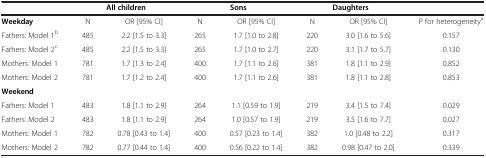
<table><thead><tr><td><b> </b></td><td colspan="2"><b>All children</b></td><td colspan="2"><b>Sons</b></td><td colspan="2"><b>Daughters</b></td><td><b> </b></td></tr></thead><tbody><tr><td><b>Weekday</b></td><td>N</td><td>OR [95% CI]</td><td>N</td><td>OR [95% CI]</td><td>N</td><td>OR [95% CI]</td><td>P for heterogeneity<sup>a</sup></td></tr><tr><td>Fathers: Model 1<sup>b</sup></td><td>485</td><td>2.2 [1.5 to 3.3]</td><td>265</td><td>1.7 [1.0 to 2.8]</td><td>220</td><td>3.0 [1.6 to 5.6]</td><td>0.157</td></tr><tr><td>Fathers: Model 2<sup>c</sup></td><td>485</td><td>2.2 [1.5 to 3.3]</td><td>265</td><td>1.7 [1.0 to 2.7]</td><td>220</td><td>3.1 [1.7 to 5.7]</td><td>0.130</td></tr><tr><td>Mothers: Model 1</td><td>781</td><td>1.7 [1.3 to 2.4]</td><td>400</td><td>1.7 [1.1 to 2.6]</td><td>381</td><td>1.8 [1.1 to 2.9]</td><td>0.852</td></tr><tr><td>Mothers: Model 2</td><td>781</td><td>1.7 [1.2 to 2.4]</td><td>400</td><td>1.7 [1.1 to 2.6]</td><td>381</td><td>1.8 [1.1 to 2.8]</td><td>0.853</td></tr><tr><td><b>Weekend</b></td><td> </td><td> </td><td> </td><td> </td><td> </td><td> </td><td> </td></tr><tr><td>Fathers: Model 1</td><td>483</td><td>1.8 [1.1 to 2.9]</td><td>264</td><td>1.1 [0.59 to 1.9]</td><td>219</td><td>3.4 [1.5 to 7.4]</td><td>0.029</td></tr><tr><td>Fathers: Model 2</td><td>483</td><td>1.8 [1.1 to 2.9]</td><td>264</td><td>1.0 [0.57 to 1.9]</td><td>219</td><td>3.5 [1.6 to 7.7]</td><td>0.027</td></tr><tr><td>Mothers: Model 1</td><td>782</td><td>0.78 [0.43 to 1.4]</td><td>400</td><td>0.57 [0.23 to 1.4]</td><td>382</td><td>1.0 [0.48 to 2.2]</td><td>0.317</td></tr><tr><td>Mothers: Model 2</td><td>782</td><td>0.77 [0.44 to 1.4]</td><td>400</td><td>0.56 [0.22 to 1.4]</td><td>382</td><td>0.98 [0.47 to 2.0]</td><td>0.339</td></tr></tbody></table>